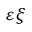
\varepsilon \xi